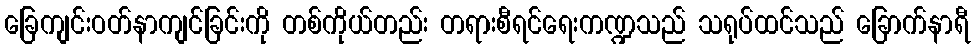
ခြေကျင်းဝတ်နာကျင်ခြင်းကို တစ်ကိုယ်တည်း တရားစီရင်ရေးကဏ္ဍသည် သရုပ်ထင်သည် ခြောက်နာရီ